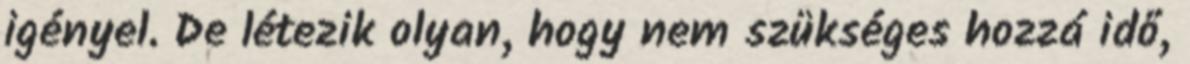
igényel. De létezik olyan, hogy nem szükséges hozzá idő,